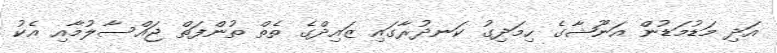
އަދި މަޑުމަޑުން އަނޫޝާގެ ހިމަދިގު ކަނދުރާގައި ޒައިދްގެ ތެތް ތުންފަތް ޖައްސާލުމާއި އެކު